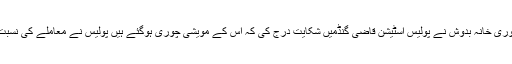
پولیس کے مطابق رمیس مہندر ساکنہ راجوری خانہ بدوش نے پولیس اسٹیشن قاضی گنڈمیں شکایت درج کی کہ اُس کے مویشی چوری ہوگئے ہیں پولیس نے معاملے کی نسبت کیس درج کرکے تحقیقات شروع کردی ۔